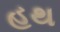
હથ